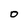
Character: O